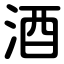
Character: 酒